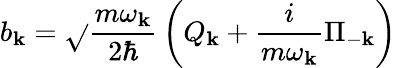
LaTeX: b_{\mathbf{k}}={\sqrt{}{{\frac{{m\omega_{\mathbf{k}}}}{{2\hbar}}}}}\left(Q_{\mathbf{k}}+{\frac{{i}}{{m\omega_{\mathbf{k}}}}}\Pi_{-\mathbf{k}}\right)